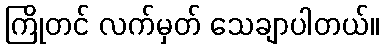
ကြိုတင် လက်မှတ် သေချာပါတယ်။